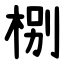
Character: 㭭